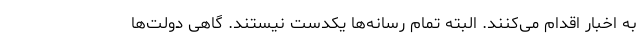
به اخبار اقدام می‌کنند. البته تمام رسانه‌ها یکدست نیستند. گاهی دولت‌ها